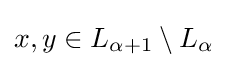
x,y\in L_{\alpha +1}\setminus L_{\alpha }